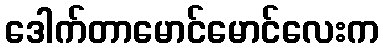
ဒေါက်တာမောင်မောင်လေးက